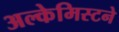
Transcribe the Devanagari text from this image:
अल्केमिस्टने